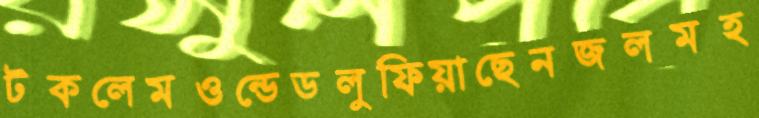
টকলেমওন্ডেডলুফিয়াছেনজলমহ